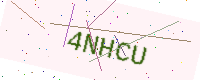
Text: 4NHCU